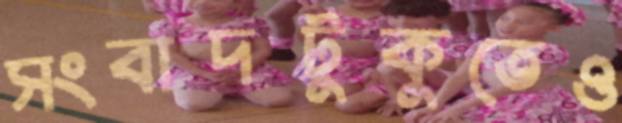
সংবাদটুকুতেও